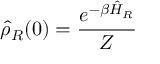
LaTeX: \hat { \rho } _ { R } ( 0 ) = \frac { e ^ { - \beta \hat { H } _ { R } } } { Z }